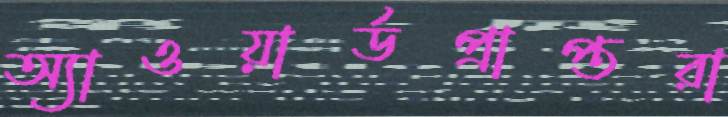
অ্যাওয়ার্ডপ্রাপ্তরা